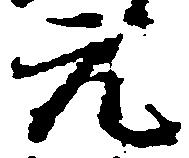
元